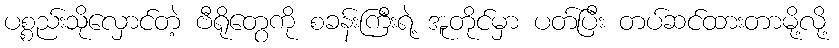
ပစ္စည်းသိုလှောင်တဲ့ ဗီရိုတွေကို စခန်းကြီးရဲ့ အူတိုင်မှာ ပတ်ပြီး တပ်ဆင်ထားတာမို့လို့